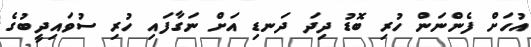
އުހަށް ފެންނަން ހުރި ބޮޑު ދިދަ ދަނޑި އަށް ނަގާފައި ހުރި ސުވައިދީބުގެ